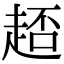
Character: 𧻳